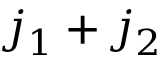
j _ { 1 } + j _ { 2 }